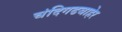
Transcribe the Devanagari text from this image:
चंदिगढबाहेर